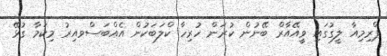
ޕްރިމިއާ ލީގުގައި ވީއޭއާރް ބޭނުން ކުރަން ހުރިހާ ކްލަބަކުން އެއްބަސްވއިރު މިކަމާ ގުޅޭ